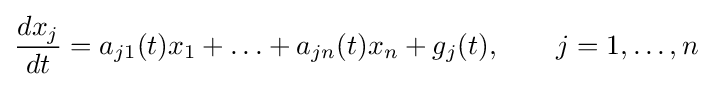
{\frac {dx_{j}}{dt}}=a_{j1}(t)x_{1}+\ldots +a_{jn}(t)x_{n}+g_{j}(t),\qquad j=1,\ldots ,n